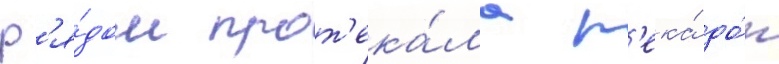
Р'я́дом прот'ека́ла р'ека́ до́н